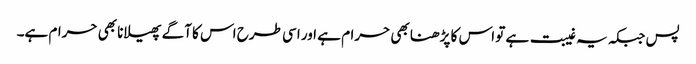
پس جبکہ یہ غیبت ہے تو اس کا پڑھنا بھی حرام ہے اور اسی طرح اس کا آگے پھیلانا بھی حرام ہے۔